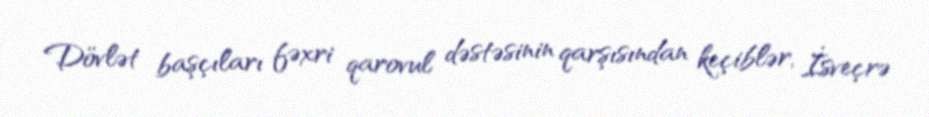
Dövlət başçıları fəxri qarovul dəstəsinin qarşısından keçiblər, İsveçrə